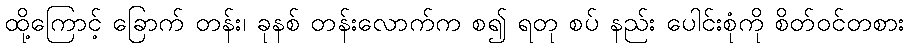
ထို့ကြောင့် ခြောက် တန်း၊ ခုနစ် တန်းလောက်က စ၍ ရတု စပ် နည်း ပေါင်းစုံကို စိတ်ဝင်တစား